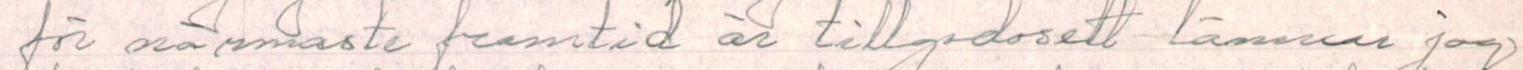
för närmaste framtid är tillgodosett lämnar jag